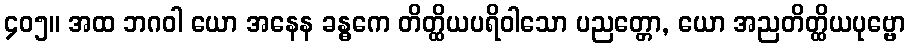
၄၀၅။ အထ ဘဂဝါ ယော အနေန ခန္ဓကေ တိတ္ထိယပရိဝါသော ပညတ္တော, ယော အညတိတ္ထိယပုဗ္ဗော